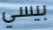
بيسي